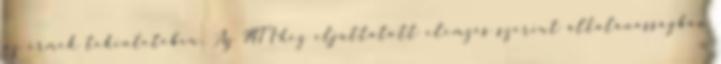
az érmek tekintetében. Az MTI-hez eljuttatott elemzés szerint általánosságban